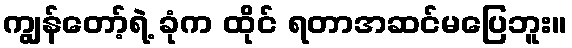
ကျွန်တော့်ရဲ့ ခုံက ထိုင် ရတာအဆင်မပြေဘူး။